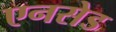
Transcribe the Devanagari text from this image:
एनसेड